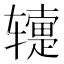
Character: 𬨕